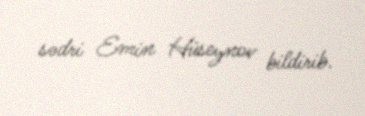
sədri Emin Hüseynov bildirib.